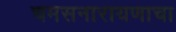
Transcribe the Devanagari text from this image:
चमसनारायणाचा